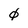
Character: 0